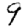
Digit: 9